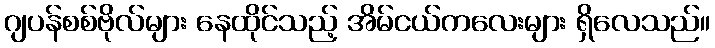
ဂျပန်စစ်ဗိုလ်များ နေထိုင်သည့် အိမ်ငယ်ကလေးများ ရှိလေသည်။